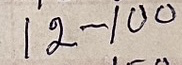
12 - 100